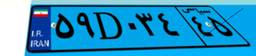
۰۲D۴۶۳۶۸